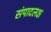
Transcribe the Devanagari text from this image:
संपादलक्ष